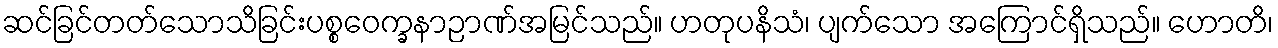
ဆင်ခြင်တတ်သောသိခြင်းပစ္စဝေက္ခနာဉာဏ်အမြင်သည်။ ဟတုပနိသံ၊ ပျက်သော အကြောင်ရှိသည်။ ဟောတိ၊